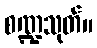
စဏ္ဍသုတ်။